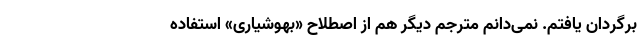
برگردان یافتم. نمی‌دانم مترجم دیگر هم از اصطلاح «بهوشیاری» استفاده